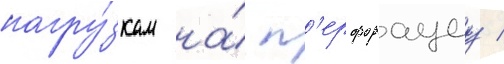
нагру́зкам на́ п'ерфорациу /